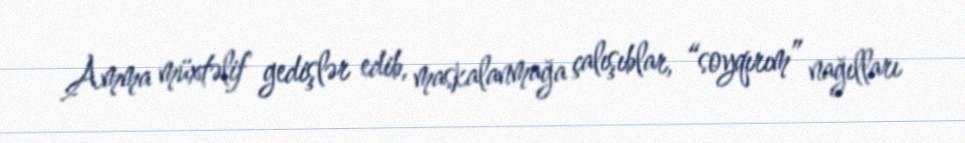
Amma müxtəlif gedişlər edib, maskalanmağa çalışıblar, “soyqırım” nağılları